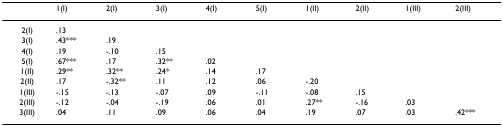
|  | 1(I) | 2(I) | 3(I) | 4(I) | 5(I) | 1(II) | 2(II) | 1(III) | 2(III) |
 | --- | --- | --- | --- | --- | --- | --- | --- | --- | --- |
 | 2(I) | .13 |  |  |  |  |  |  |  |  |
 | 3(I) | .43*** | .19 |  |  |  |  |  |  |  |
 | 4(I) | .19 | -.10 | .15 |  |  |  |  |  |  |
 | 5(I) | .67*** | .17 | .32** | .02 |  |  |  |  |  |
 | 1(II) | .29** | .32** | .24* | .14 | .17 |  |  |  |  |
 | 2(II) | .17 | -.32** | .11 | .12 | .06 | -.20 |  |  |  |
 | 1(III) | -.15 | -.13 | -.07 | .09 | -.11 | -.08 | .15 |  |  |
 | 2(III) | -.12 | -.04 | -.19 | .06 | .01 | .27** | -.16 | .03 |  |
 | 3(III) | .04 | .11 | .09 | .06 | .04 | .19 | .07 | .03 | .42*** |